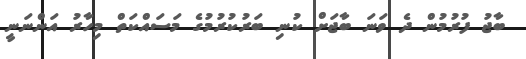
ބާޖު ފުރުމުން ދެ ވަނަ ބާޖަށް ކުނި ބަރުކުރުމުގެ މަސައްކަތް މިހާރު އަންނަނީ